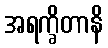
အရက္ခိတာနိ